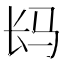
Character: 𲈤